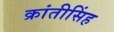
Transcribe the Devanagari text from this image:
क्रांतीसिंह